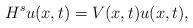
LaTeX: \begin{align*}H^s u(x,t) = V(x,t) u(x,t),\end{align*}